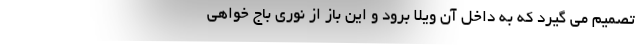
تصمیم می گیرد که به داخل آن ویلا برود و این باز از نوری باج خواهی